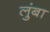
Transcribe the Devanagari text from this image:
लुंबा